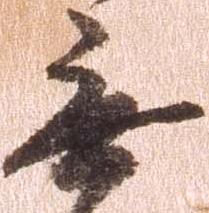
無